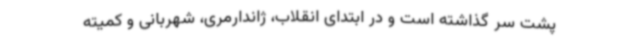
پشت سر گذاشته است و در ابتدای انقلاب، ژاندارمری، شهربانی و کمیته